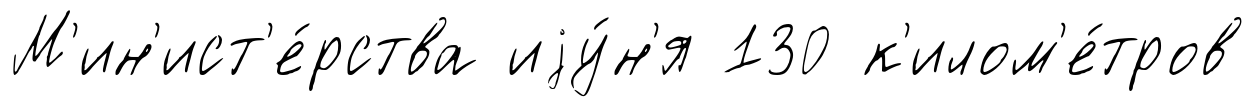
М'ин'ист'е́рства иjу́н'я 130 к'илом'е́тров